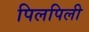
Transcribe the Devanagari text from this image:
पिलपिली